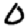
Digit: 0